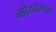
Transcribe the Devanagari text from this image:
जाहिरातीमधून